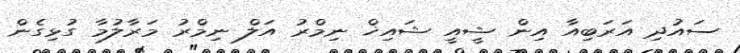
ސައުދި އަރަބިއާ އިން ޝީއީ ޝައިޚް ނިމްރު އަލް ނިމްރު މަރާލުމާ ގުޅިގެން